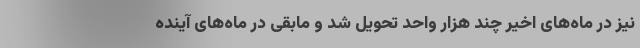
نیز در ماه‌های اخیر چند هزار واحد تحویل شد و مابقی در ماه‌های آینده